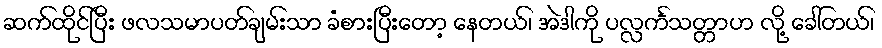
ဆက်ထိုင်ပြီး ဖလသမာပတ်ချမ်းသာ ခံစားပြီးတော့ နေတယ်၊ အဲဒါကို ပလ္လင်္ကသတ္တာဟ လို့ ခေါ်တယ်၊